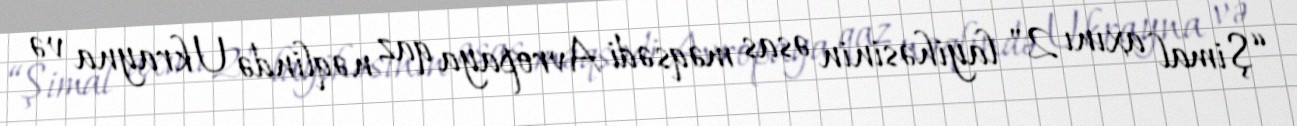
“Şimal axını 2" layihəsinin əsas məqsədi Avropaya qaz nəqlində Ukrayna və